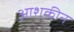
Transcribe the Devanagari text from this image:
आशकीन